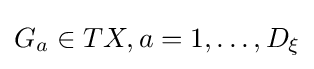
G_{a}\in TX,a=1,\ldots ,D_{\xi }